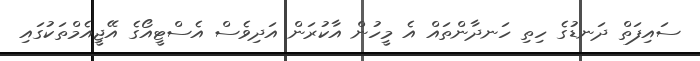
ސައިފަތް ދަނޑުގެ ހިތި ހަނދާންތައް އެ މީހުން އާކުރަން އަދިވެސް އެސްޓީއޯގެ އޭޖީއެމްތަކުގައި